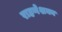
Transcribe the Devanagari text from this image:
राहणेशक्य